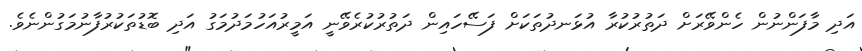
އަދި މާފަންނުން ހެންވޭރަށް ދަތުރުކުރާ އުޅަނދުތަކަށް ފަސޭހައިން ދަތުރުކުރެވޭނީ އަމީރުއަހުމަދުމަގު އަދި ބޮޑުތަކުރުފާނުމަގުންނެވެ.